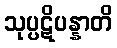
သုပ္ပဋိပန္နာတိ